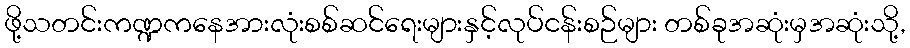
ဖို့သတင်းကဏ္ဍကနေအားလုံးစစ်ဆင်ရေးများနှင့်လုပ်ငန်းစဉ်များ တစ်ခုအဆုံးမှအဆုံးသို့,